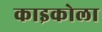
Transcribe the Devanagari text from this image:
काइकोला